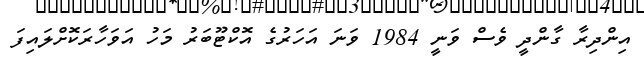
އިންދިރާ ގާންދީ ވެސް ވަނީ 1984 ވަނަ އަހަރުގެ އޮކްޓޫބަރު މަހު އަވަހާރަކޮށްލައިފަ